Civil Veterinary Department ledger series I-VI
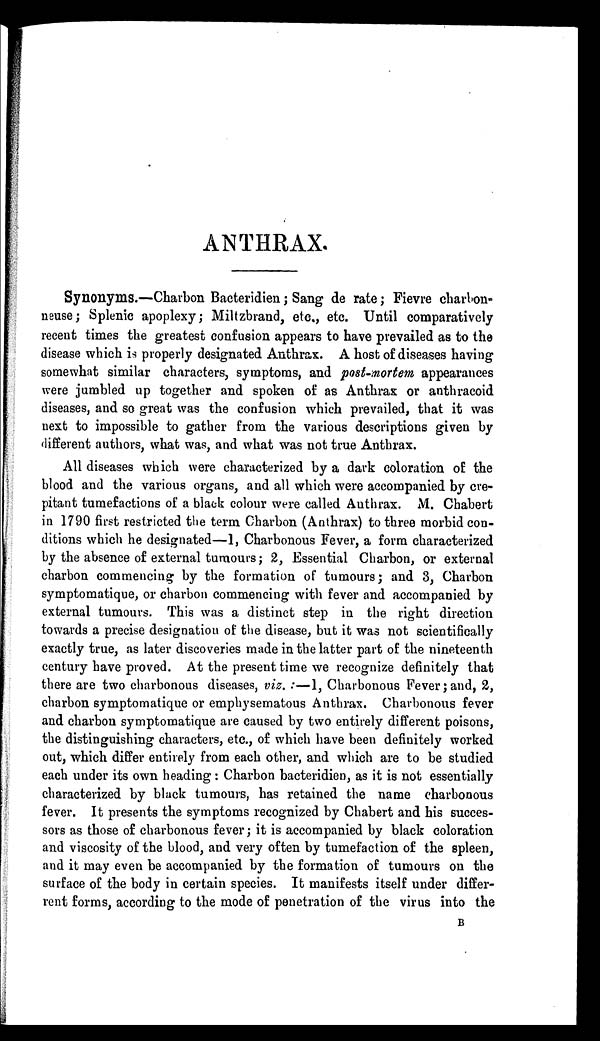
ANTHRAX.
Synonyms.—Charbon Bacteridien; Sang de rate; Fievre charbon-
neuse; Splenic apoplexy; Miltzbrand, etc., etc. Until comparatively
recent times the greatest confusion appears to have prevailed as to the
disease which is properly designated Anthrax. A host of diseases having
somewhat similar characters, symptoms, and post-mortem appearances
were jumbled up together and spoken of as Anthrax or anthracoid
diseases, and so great was the confusion which prevailed, that it was
next to impossible to gather from the various descriptions given by
different authors, what was, and what was not true Anthrax.
All diseases which were characterized by a dark coloration of the
blood and the various organs, and all which were accompanied by cre-
pitant tumefactions of a black colour were called Anthrax. M. Chabert
in 1790 first restricted the term Charbon (Anthrax) to three morbid con-
ditions which he designated—1, Charbonous Fever, a form characterized
by the absence of external tumours; 2, Essential Charbon, or external
charbon commencing by the formation of tumours; and 3, Charbon
symptomatique, or charbon commencing with fever and accompanied by
external tumours. This was a distinct step in the right direction
towards a precise designation of the disease, but it was not scientifically
exactly true, as later discoveries made in the latter part of the nineteenth
century have proved. At the present time we recognize definitely that
there are two charbonous diseases, viz.:—1, Charbonous Fever; and, 2,
charbon symptomatique or emphysematous Anthrax. Charbonous fever
and charbon symptomatique are caused by two entirely different poisons,
the distinguishing characters, etc., of which have been definitely worked
out, which differ entirely from each other, and which are to be studied
each under its own heading: Charbon bacteridien, as it is not essentially
characterized by black tumours, has retained the name charbonous
fever. It presents the symptoms recognized by Chabert and his succes-
sors as those of charbonous fever; it is accompanied by black coloration
and viscosity of the blood, and very often by tumefaction of the spleen,
and it may even be accompanied by the formation of tumours on the
surface of the body in certain species. It manifests itself under differ-
rent forms, according to the mode of penetration of the virus into the
B